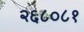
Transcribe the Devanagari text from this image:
२६८०८१